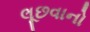
લૂછવાનો